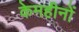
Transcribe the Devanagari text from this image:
केमहीनों